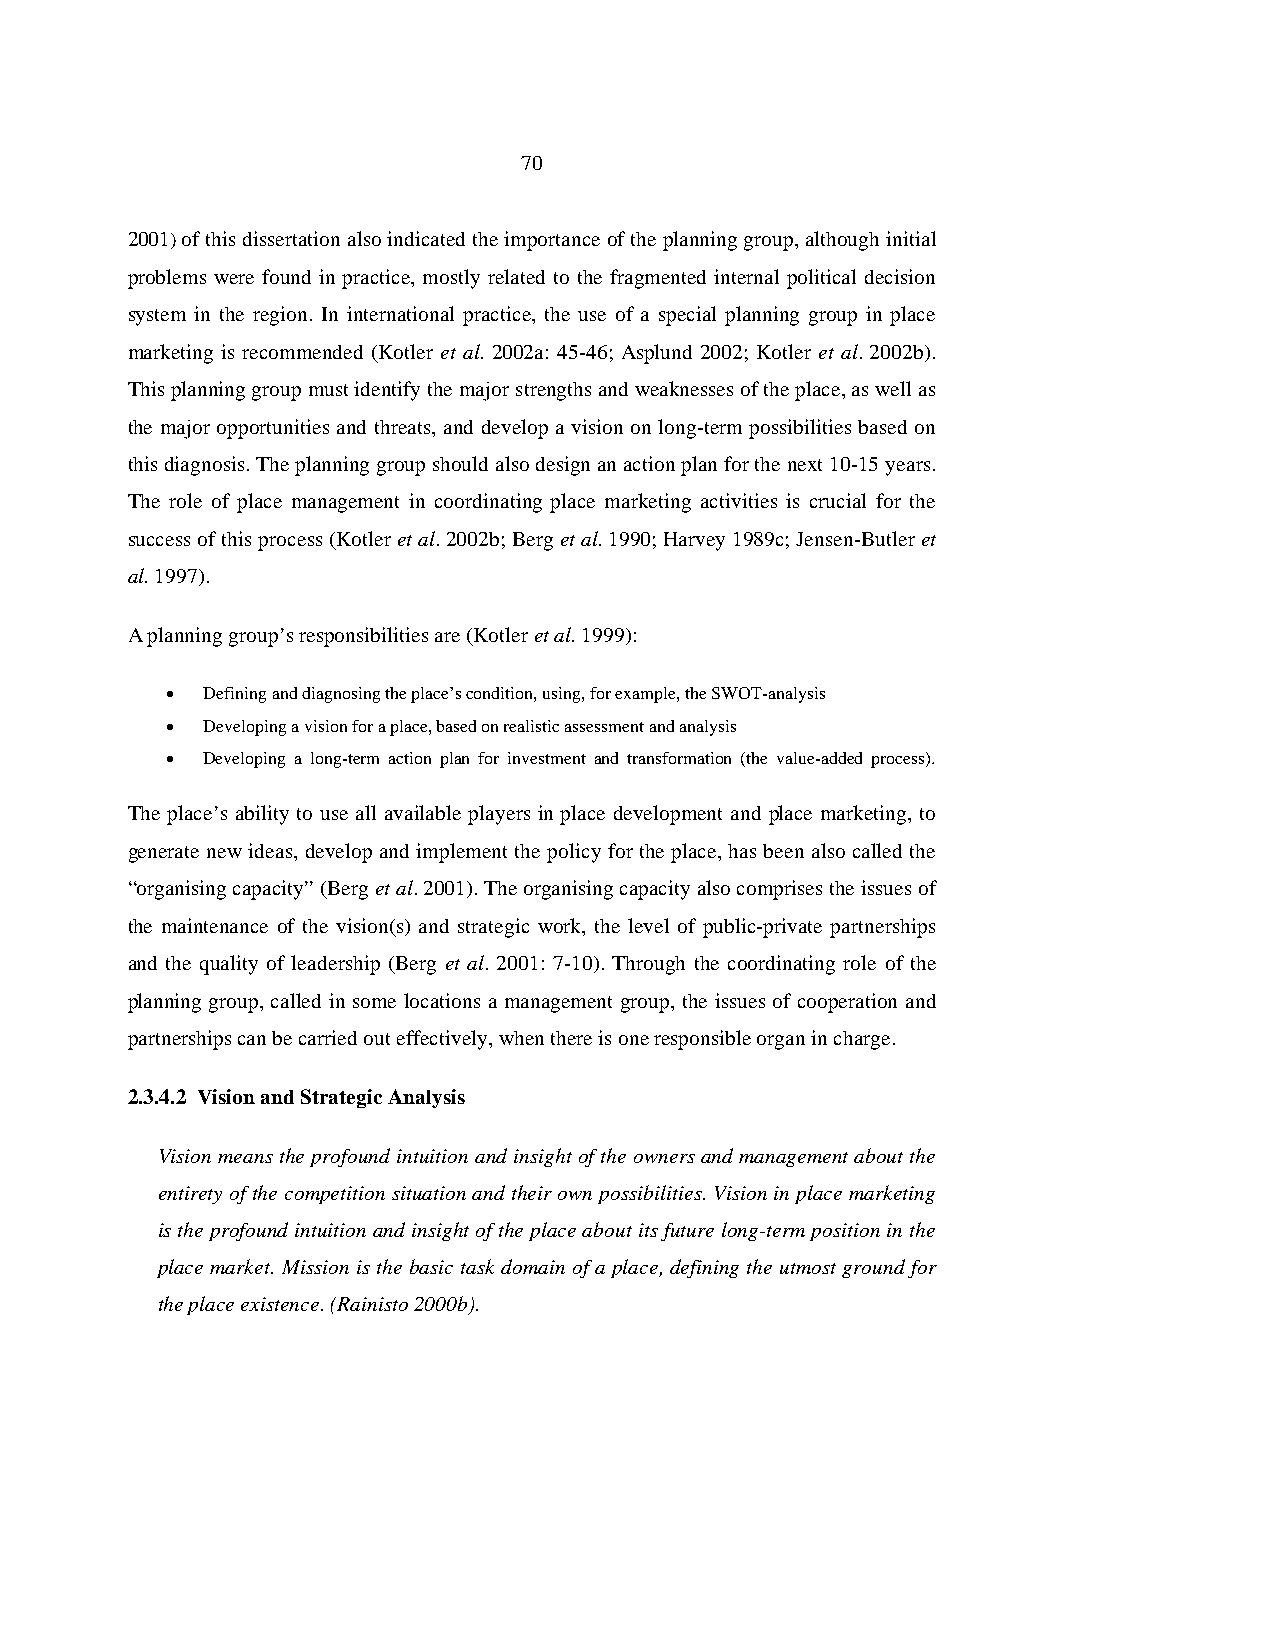
70
 2001) of this dissertation also indicated the importance of the planning group, although initial
 problems were found in practice, mostly related to the fragmented internal political decision
 system in the region. In international practice, the use of a special planning group in place
 marketing is recommended (Kotler et al. 2002a: 45-46; Asplund 2002; Kotler et al. 2002b).
 This planning group must identify the major strengths and weaknesses of the place, as well as
 the major opportunities and threats, and develop a vision on long-term possibilities based on
 this diagnosis. The planning group should also design an action plan for the next 10-15 years.
 The role of place management in coordinating place marketing activities is crucial for the
 success of this process (Kotler et al. 2002b; Berg et al. 1990; Harvey 1989c; Jensen-Butler et
 al. 1997).
 A planning group’s responsibilities are (Kotler et al. 1999):
 • Defining and diagnosing the place’s condition, using, for example, the SWOT-analysis
 • Developing a vision for a place, based on realistic assessment and analysis
 • Developing a long-term action plan for investment and transformation (the value-added process).
 The place’s ability to use all available players in place development and place marketing, to
 generate new ideas, develop and implement the policy for the place, has been also called the
 “organising capacity” (Berg et al. 2001). The organising capacity also comprises the issues of
 the maintenance of the vision(s) and strategic work, the level of public-private partnerships
 and the quality of leadership (Berg et al. 2001: 7-10). Through the coordinating role of the
 planning group, called in some locations a management group, the issues of cooperation and
 partnerships can be carried out effectively, when there is one responsible organ in charge.
 2.3.4.2 Vision and Strategic Analysis
 Vision means the profound intuition and insight of the owners and management about the
 entirety of the competition situation and their own possibilities. Vision in place marketing
 is the profound intuition and insight of the place about its future long-term position in the
 place market. Mission is the basic task domain of a place, defining the utmost ground for
 the place existence. (Rainisto 2000b).